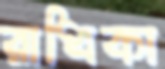
রাধিকা